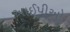
અાઈપીઅો